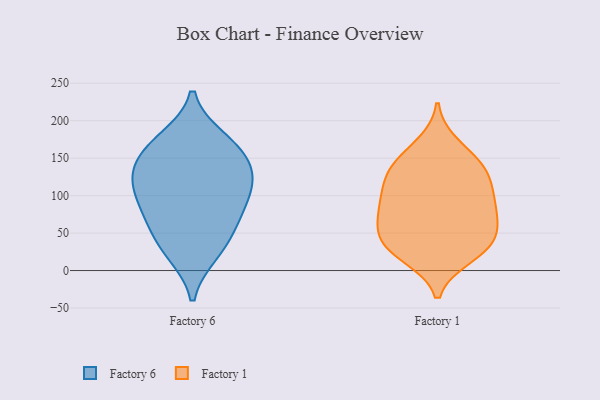
{"axis": {"x": "Page Views", "y": "Value"}, "legend": ["Factory 1", "Factory 6"], "data": [{"x": "", "y": 135, "type": "Factory 6"}, {"x": "", "y": 23, "type": "Factory 6"}, {"x": "", "y": 173, "type": "Factory 6"}, {"x": "", "y": 116, "type": "Factory 6"}, {"x": "", "y": 176, "type": "Factory 6"}, {"x": "", "y": 149, "type": "Factory 6"}, {"x": "", "y": 122, "type": "Factory 6"}, {"x": "", "y": 79, "type": "Factory 6"}, {"x": "", "y": 154, "type": "Factory 6"}, {"x": "", "y": 27, "type": "Factory 6"}, {"x": "", "y": 105, "type": "Factory 6"}, {"x": "", "y": 58, "type": "Factory 6"}, {"x": "", "y": 62, "type": "Factory 6"}, {"x": "", "y": 98, "type": "Factory 6"}, {"x": "", "y": 24, "type": "Factory 1"}, {"x": "", "y": 33, "type": "Factory 1"}, {"x": "", "y": 33, "type": "Factory 1"}, {"x": "", "y": 19, "type": "Factory 1"}, {"x": "", "y": 129, "type": "Factory 1"}, {"x": "", "y": 149, "type": "Factory 1"}, {"x": "", "y": 41, "type": "Factory 1"}, {"x": "", "y": 143, "type": "Factory 1"}, {"x": "", "y": 66, "type": "Factory 1"}, {"x": "", "y": 99, "type": "Factory 1"}, {"x": "", "y": 69, "type": "Factory 1"}, {"x": "", "y": 51, "type": "Factory 1"}, {"x": "", "y": 126, "type": "Factory 1"}, {"x": "", "y": 80, "type": "Factory 1"}, {"x": "", "y": 98, "type": "Factory 1"}, {"x": "", "y": 122, "type": "Factory 1"}, {"x": "", "y": 168, "type": "Factory 1"}, {"x": "", "y": 85, "type": "Factory 1"}]}